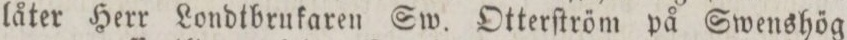
låter Herr Londtbrukaren Sw. Otterſtröm på Swenshög